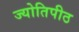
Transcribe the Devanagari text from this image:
ज्योतिपीठ